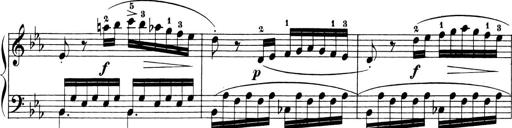
Title: 6 Piano Sonatinas
Composer: Cornelius Gurlitt